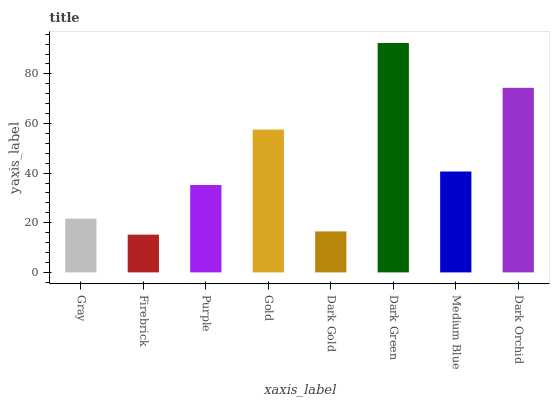
| xaxis_label | bars |
 | --- | --- |
 | Gray | 21.7 |
 | Firebrick | 15.2 |
 | Purple | 35.2 |
 | Gold | 57.6 |
 | Dark Gold | 16.5 |
 | Dark Green | 92.5 |
 | Medium Blue | 40.7 |
 | Dark Orchid | 74.4 |